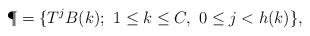
LaTeX: \begin{align*}\P = \{ T^{j} B(k); \ 1\leq k\leq C , \ 0 \leq j< h(k) \},\end{align*}